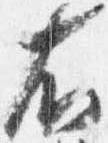
右